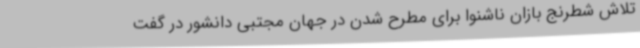
تلاش شطرنج بازان ناشنوا برای مطرح شدن در جهان مجتبی دانشور در گفت